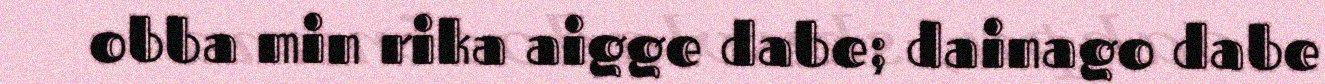
obba min rika aigge dabe; dainago dabe